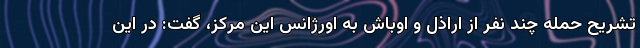
تشریح حمله چند نفر از اراذل و اوباش به اورژانس این مرکز، گفت: در این